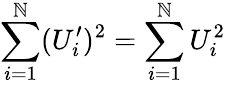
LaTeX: \sum_{i=1}^{\mathbb{N}}(U_{i}^{\prime})^{2}=\sum_{i=1}^{\mathbb{N}}U_{i}^{2}